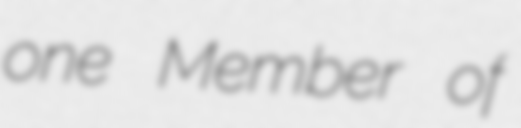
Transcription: one Member of